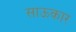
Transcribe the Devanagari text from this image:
साऊकार